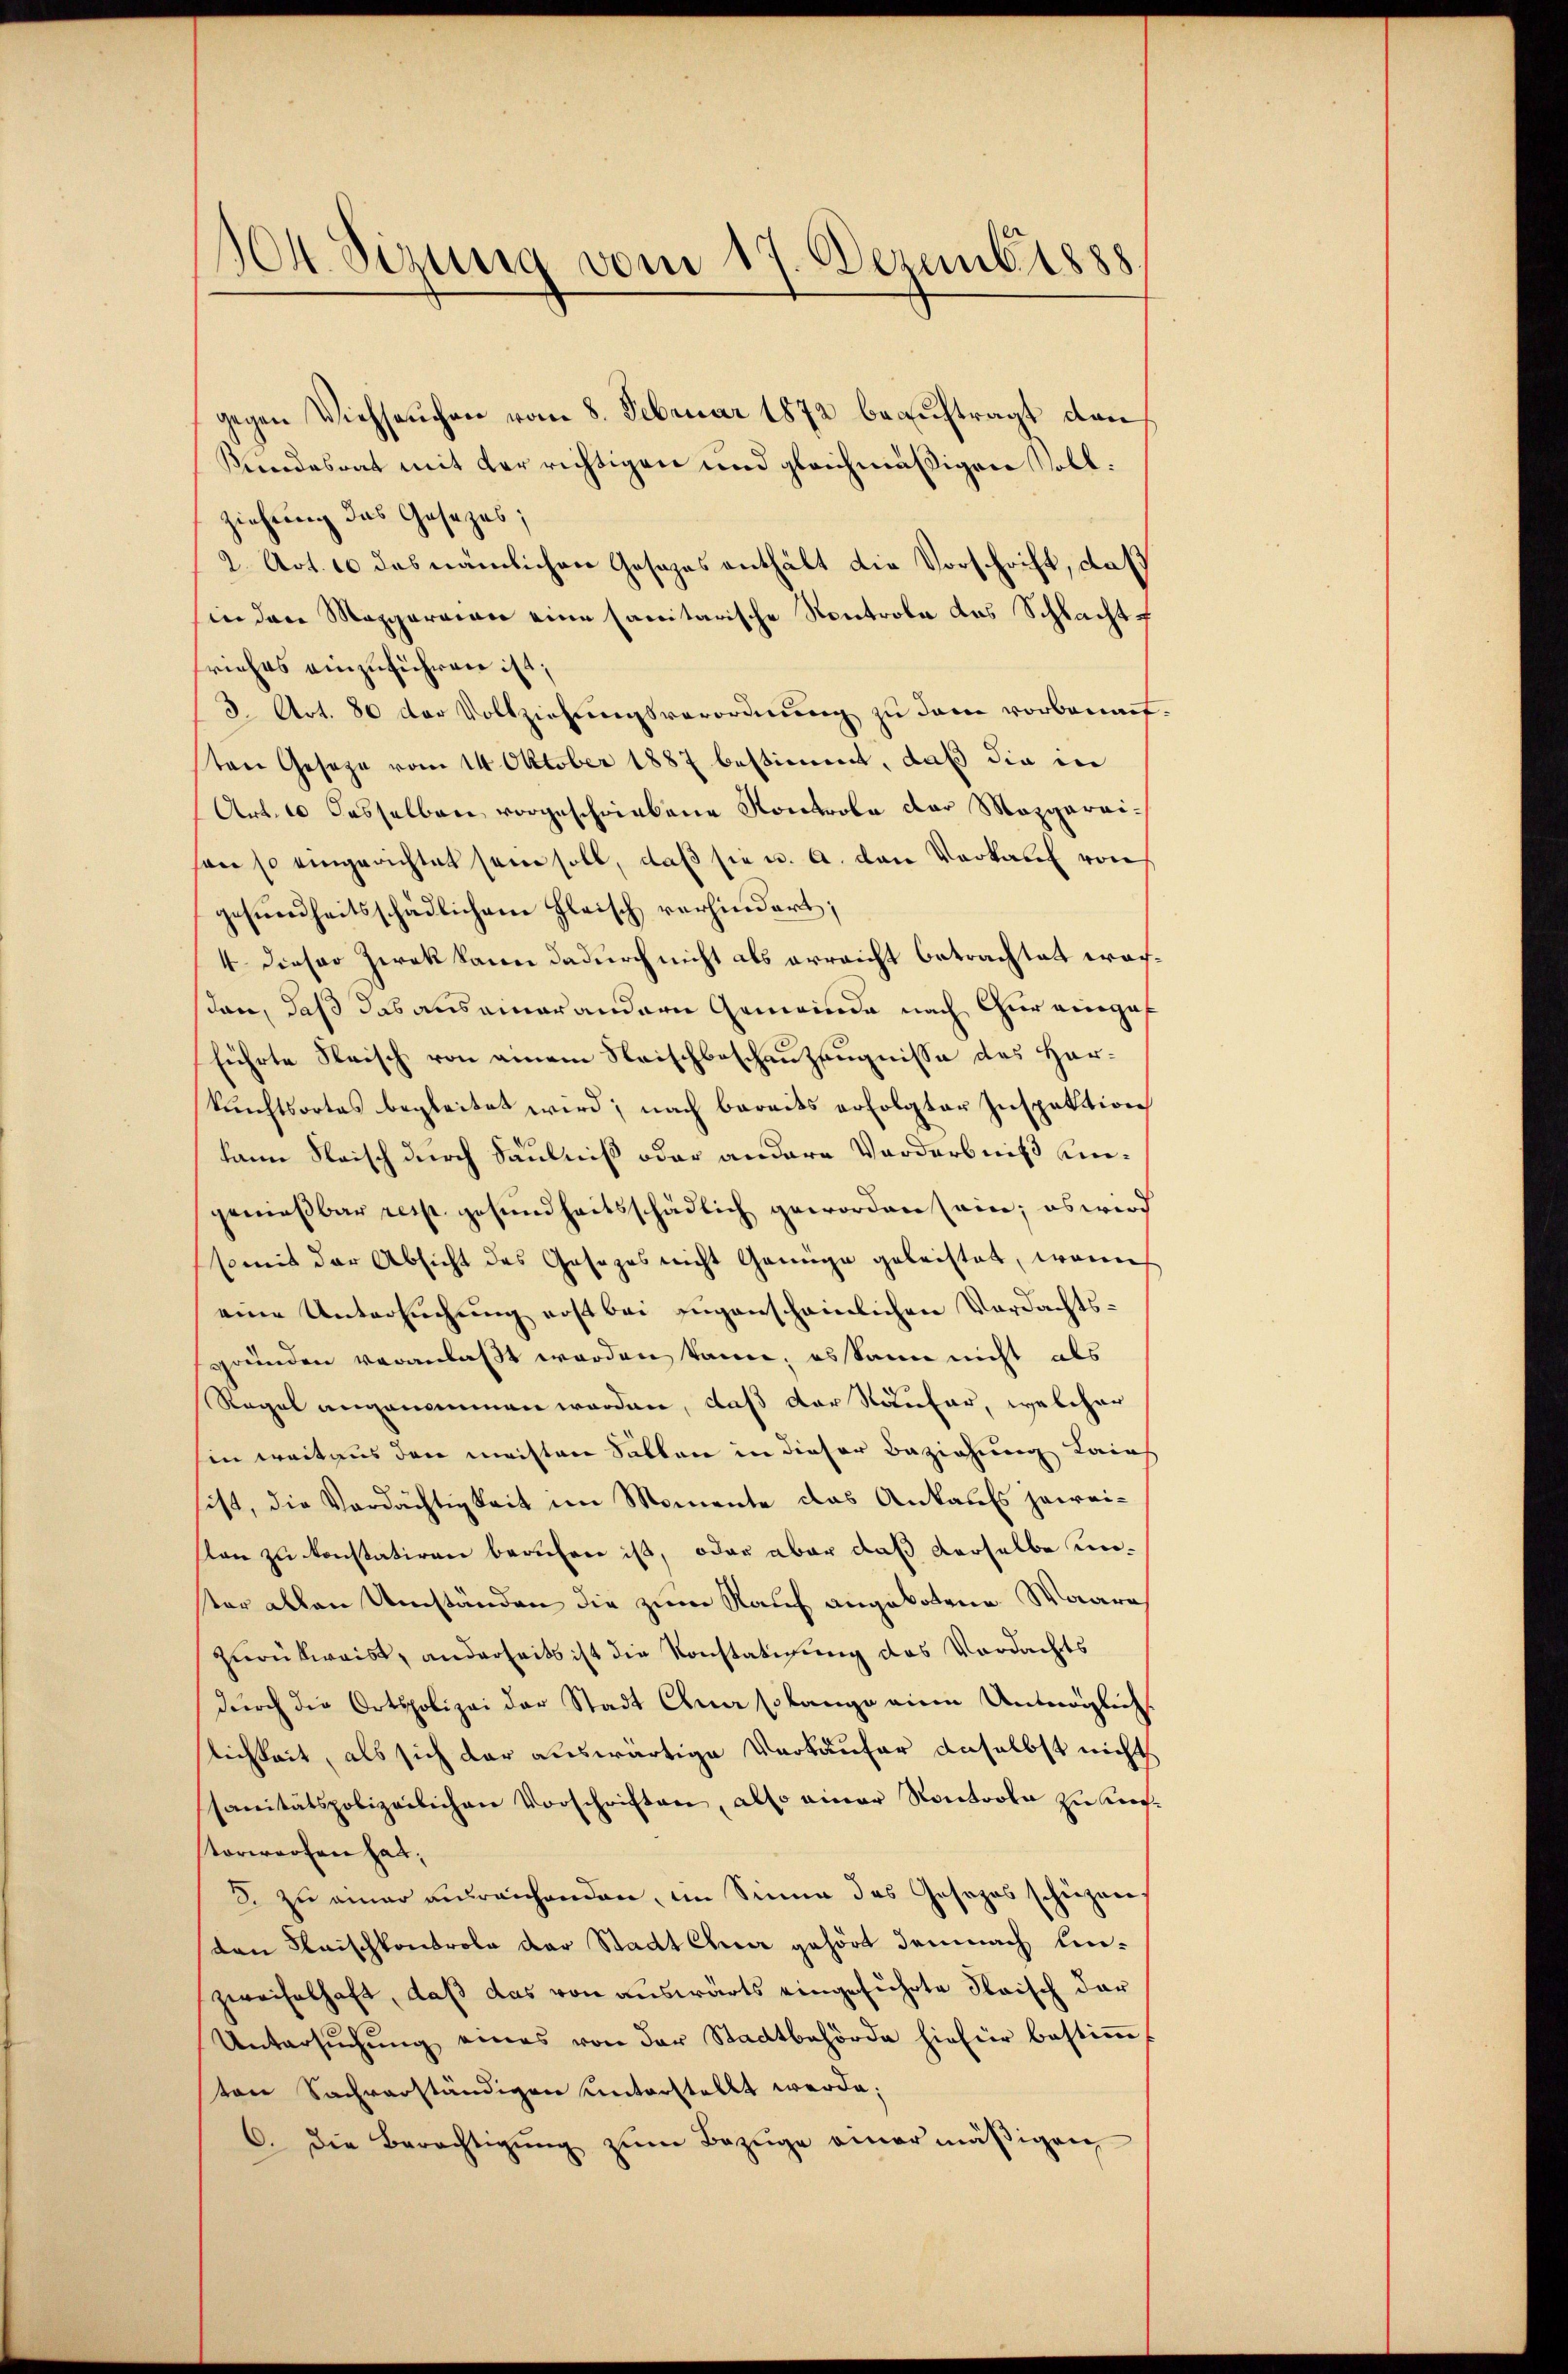
104. Sizung vom 17. Dezemb. 1888

gegen Viehseuchen vom 8. Februar 1872 beauftragt dan¬
Kindesrat mit der richtigen und gleichmäßigen soll:
ziehung das Gesezes;
2. Art. 10 das nämlichen Gesetzes enthält die Vorschrift, daß
in den Mapparaion eine sanitarische Kontrole das Schlacht f
riehes einzuführen ist;
3. Art. 80 der Vollziehungsverordnung zu dene vorbenart
sten Geseze vom 14. Oktober 1887 bestimmt, daß die in
Art. 10 dasselben vorgeschriebene Kontrole der Mazparaivi so eingerichtet sein soll, daß sie u. a. den Verkauf von
gesundheitsschädlichem Fleisch verhindert;
4 dieser Zwek kann dadurch nicht als erreicht betrachtet wachsten, daß das auseiner andern Gemeinde nach Chur eingeführte Fleisch von einem Strischbeschauzeugnisse des Herkunftsortes begleitet wird; nach bereits erfolgter Inspektion
kann Fleisch durch Säulniß oder andere Vorderbniß ungenießbar resp. gesundheitsschädlich geworden sein; es wird
somit der Absicht des Gesezes nicht Genüge geleistet, wenn
eine Untersuchung erst bei zugenscheinlichen Verdachtsgründen veranlaßt worden kann, es kann nicht als
Regel angenommen worden, daß der Käufer, welcher
Ein weitaus den machten Sallen in dieser Beziehung Lains
sist, die Verdächtigkeit im Momente das Ankaufs jeweison zu konstatiren berufen ist, oder aber daß derselbe unter allen Umständen die zum Kauf angebotene Waare
zurückweist, anderseits ist die Konstätigung des Verdachts
durch die Ortspolizei der Stadt Chur solange eine Unmöglich
lichkeit, als sich dar auswärtige Verkäufer daselbst nicht
sanitätspolizeilichen Vorschriften, also einer Kontrola zu Kirtorworfen hat,
S. zu einer unreichenden, im Sinne des Gesezes schüzen,
den Klaischkontrole der Stadt Chur gehört demnach Einzweifelhaft, daß das von auswärts eingeführte Frisch dar
Untersŭchŭng eines von der Stadtbehörde hiefür bestiṁ
ten Sachverständigen unterstellt werde;
6. die Berechtigŭng zŭm Bezüge einer mäβigen